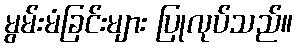
မွမ်းမံခြင်းများ ပြုလုပ်သည်။